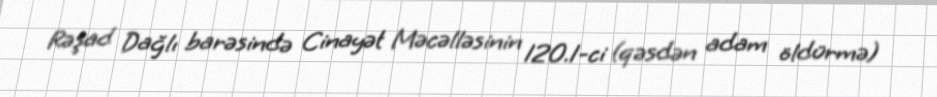
Rəşad Dağlı barəsində Cinayət Məcəlləsinin 120.1-ci (qəsdən adam öldürmə)